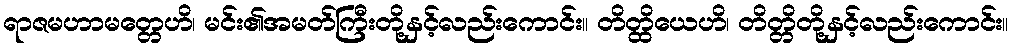
ရာဇမဟာမတ္တေဟိ၊ မင်း၏အမတ်ကြီးတို့နှင့်လည်းကောင်း။ တိတ္ထိယေဟိ၊ တိတ္တိတို့နှင့်လည်းကောင်း။